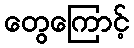
တွေကြောင့်